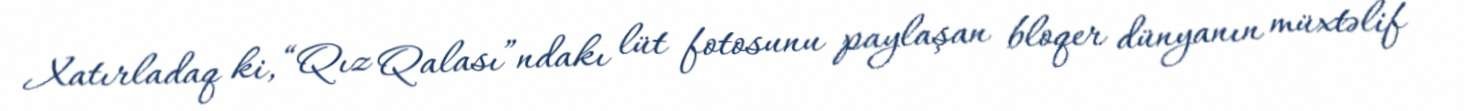
Xatırladaq ki, “Qız Qalası”ndakı lüt fotosunu paylaşan bloqer dünyanın müxtəlif